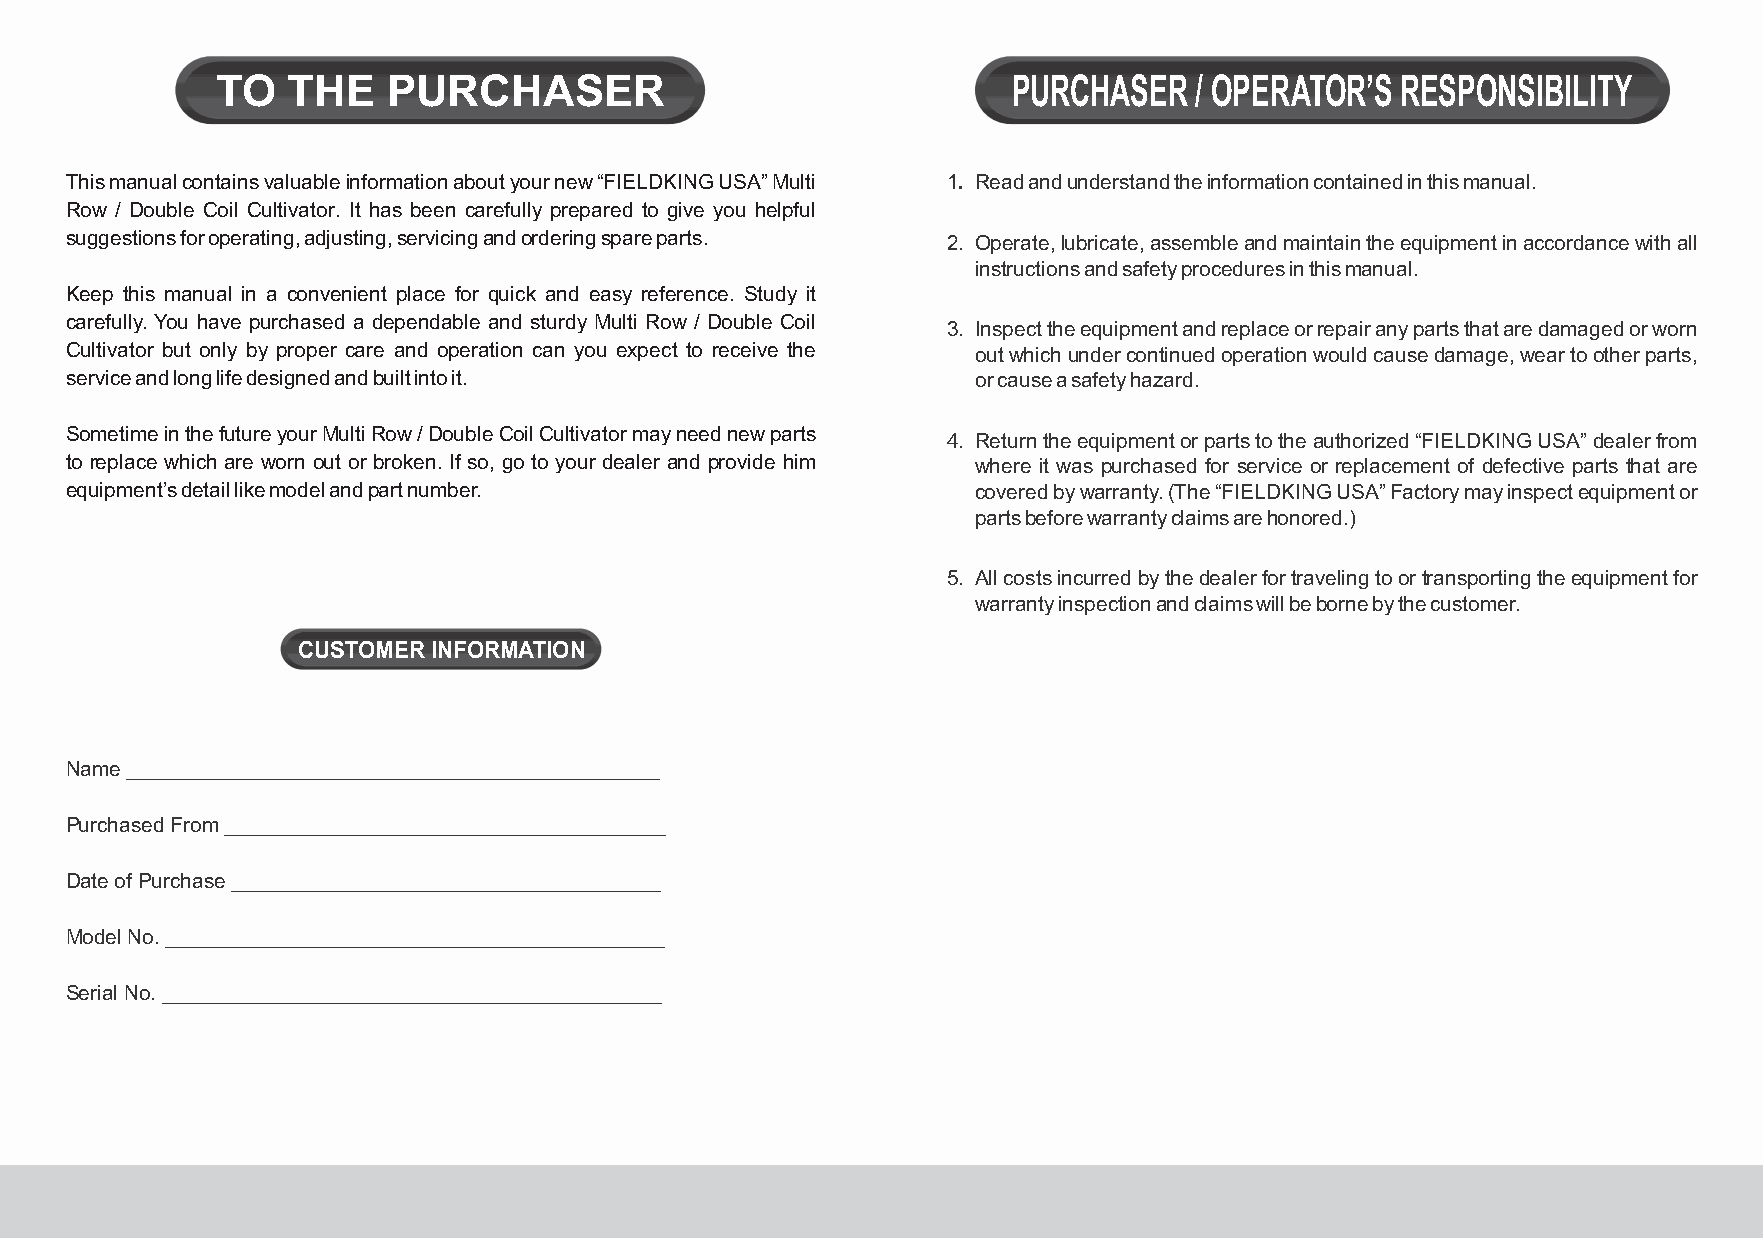
TO   THE    PURCHASER                                PURCHASER   / OPERATOR’S  RESPONSIBILITY
 This manual contains valuable information about your new “FIELDKING USA” Multi 1. Read and understand the information contained in this manual.
 Row / Double Coil Cultivator. It has been carefully prepared to give you helpful
 suggestions for operating, adjusting, servicing and ordering spare parts. 2. Operate, lubricate, assemble and maintain the equipment in accordance with all
 instructions and safety procedures in this manual.
 Keep this manual in a convenient place for quick and easy reference. Study it
 carefully. You have purchased a dependable and sturdy Multi Row / Double Coil
 3. Inspect the equipment and replace or repair any parts that are damaged or worn
 Cultivator but only by proper care and operation can you expect to receive the out which under continued operation would cause damage, wear to other parts,
 service and long life designed and built into it.            or cause a safety hazard.
 Sometime in the future your Multi Row / Double Coil Cultivator may need new parts
 4. Return the equipment or parts to the authorized “FIELDKING USA” dealer from
 to replace which are worn out or broken. If so, go to your dealer and provide him where it was purchased for service or replacement of defective parts that are
 equipment’s detail like model and part number.               covered by warranty. (The “FIELDKING USA” Factory may inspect equipment or
 parts before warranty claims are honored.)
 5. All costs incurred by the dealer for traveling to or transporting the equipment for
 warranty inspection and claims will be borne by the customer.
 CUSTOMER INFORMATION
 Name ______________________________________________
 Purchased From ______________________________________
 Date of Purchase _____________________________________
 Model No. ___________________________________________
 Serial No. ___________________________________________